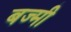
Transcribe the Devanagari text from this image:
बज्मी